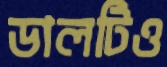
ডালটিও